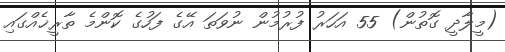
(މީލާދީ ގޮތުން) 55 އަހަރު ފުރުމުން ނުވަތަ އޭގެ ފަހުގެ ކޮންމެ ތާރީޚެއްގައި